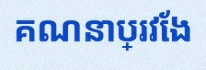
គណនាប្រវែង